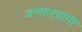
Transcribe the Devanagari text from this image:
अन्साऱ्यांनी